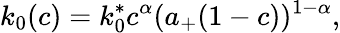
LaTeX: k_{0}(c)=k_{0}^{*}c^{\alpha}(a_{+}(1-c))^{1-\alpha},